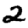
Digit: 2